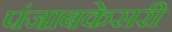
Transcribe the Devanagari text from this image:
पंजाबकेसरी